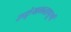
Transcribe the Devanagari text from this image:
उच्छृंखलतापूर्ण